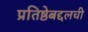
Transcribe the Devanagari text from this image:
प्रतिष्ठेबद्दलची